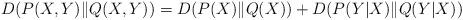
LaTeX: \begin{align*}D(P(X,Y)\|Q(X,Y))=D(P(X)\|Q(X))+D(P(Y|X)\|Q(Y|X))\end{align*}